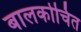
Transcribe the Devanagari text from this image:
बालकोचित